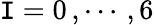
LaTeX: \mathtt{I}=0\, ,\cdots\, ,6